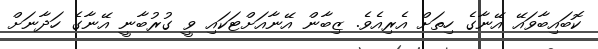
ކޮބައިބާވައޭ އޭނާގެ ހިތަށް އެރިއެވެ. ޒިބާން އޭނާއަށްޓަކައި ވީ ގުރުބާނީ އޭނާގެ ހަދާނަށް